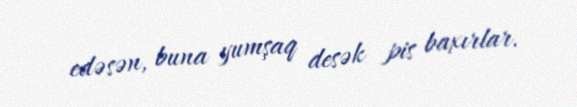
edəsən, buna yumşaq desək pis baxırlar.